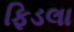
ફિડલા